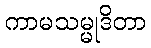
ကာမသမ္မုဒိတာ